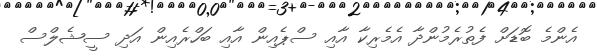
އެންމެ ބޮޑަށް ފެތުރެމުންދާ އެމެރިކާ އާއި ސްޕެއިން އާއި ބަހްރެއިން އަދި ސީޝެލްސް